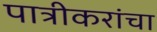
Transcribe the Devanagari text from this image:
पात्रीकरांचा